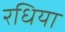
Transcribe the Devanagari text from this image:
रधिया